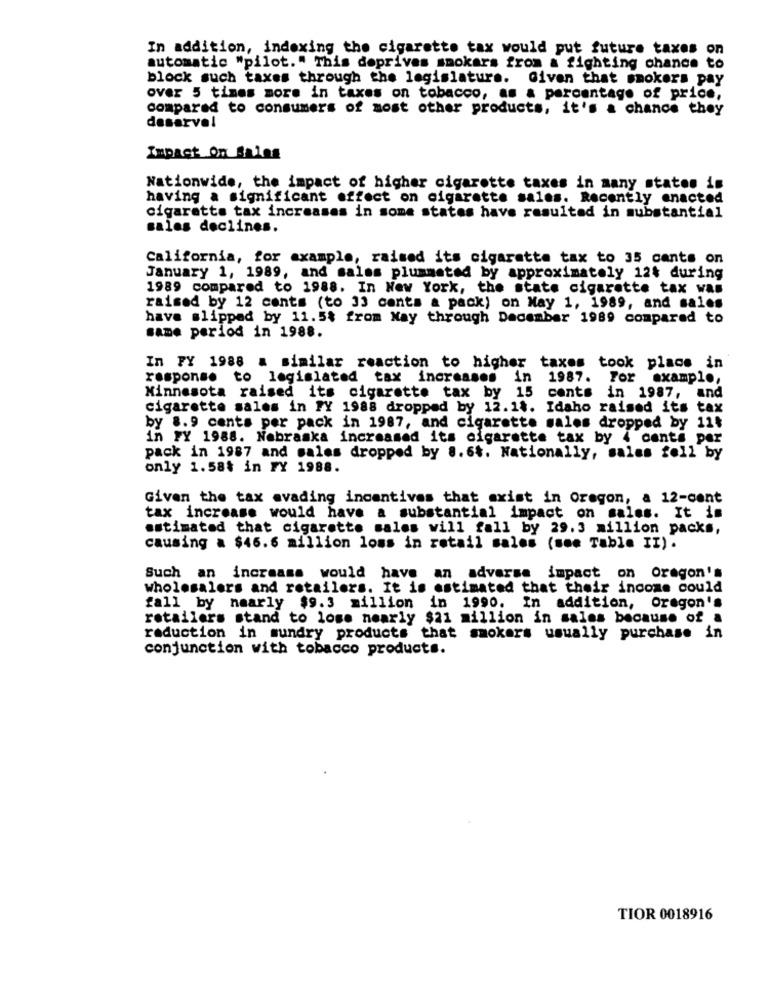
In addition, indexing the cigarette tax would put future taxes on
automatic "pilot." This doprives smokers from a fighting chance to
block such taxes through the legislature. Given that smokers pay
over 5 times more in taxes on tobacco, as a percentage of price,
compared to consumers of most other products, it's a chance they
deserve!
Impact On Sales
Nationwide, the impact of higher cigarette taxes in many states is
having a significant effect on cigarette sales. Recently enacted
cigaretta tax increases in some states have resulted in substantial
sales declines.
California, for example, raised its cigarette tax to 35 cants on
January 1, 1989, and sales plummeted by approximately 124 during
1989 compared to 1988. In New York, the state cigarette tax was
raised by 12 cents (to 33 cents a pack) on May 1, 1989, and sales
have slipped by 11.5% from May through December 1989 compared to
same period in 1988.
In FY 1988 a similar reaction to higher taxes took place in
response to legislated tax increases in
1987. For example,
Minnesota raised its cigarette tax by 15 cents in 1987, and
cigarette sales in PY 1988 dropped by 12.14. Idaho raised its tax
by 8.9 cents per pack in 1987, and cigarette sales dropped by 114
in FY 1988. Nebraska increased its cigarette tax by 4 cents per
pack in 1987 and sales dropped by 8.64. Nationally, sales fell by
only 1.584 in FY 1988.
Given the tax evading incentives that exist in Oregon, a 12-cent
tax increase would have a substantial impact on sales. It is
estimated that cigarette sales will fall by 29.3 million packs,
causing a $46.6 million loss in retail sales (see Table II) .
Such an increase would have an adverse impact on Oregon's
wholesalers and retailers. It is estimated that their income could
fall by nearly $9.3 million in 1990.
In addition, oregon's
retailers stand to lose nearly $21 million in sales because of a
reduction in sundry products that smokers usually purchase in
conjunction with tobacco products.
TIOR 0018916